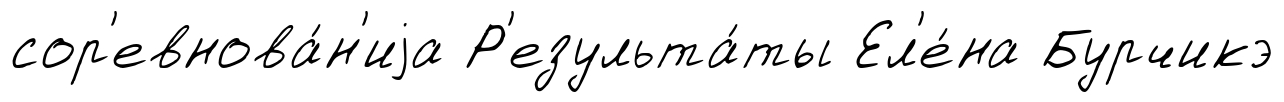
сор'евнова́н'иjа Р'езульта́ты Ел'е́на Бурчикэ